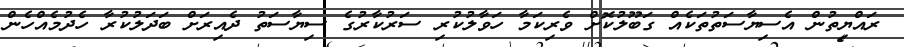
ރައްޔިތުން އެސިޔާސަތުތަކެއް ގަބޫލުކޮށް ވެރިކަމާ ހަވާލުކުރި ސަރުކާރުގެ ސިޔާސަތު ދެއިރަށް ބަދަލުކުރާ ހެދުމެއްހެން